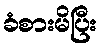
ခံစားမိပြီး